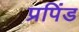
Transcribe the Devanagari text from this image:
प्रपिंड